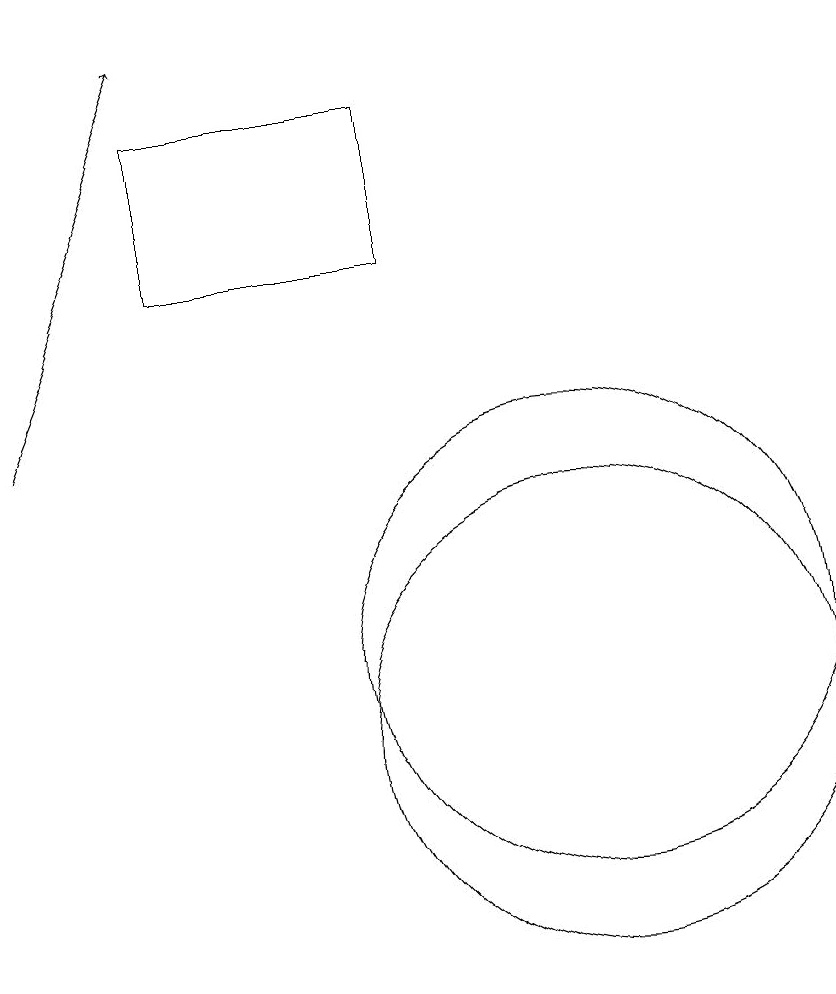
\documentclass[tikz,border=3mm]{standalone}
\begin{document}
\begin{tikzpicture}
\draw (10,11) circle (3);
\draw[->] (3,14) -- (5,19);
\draw (10,10) circle (3);
\draw (8,16) rectangle (5,18);
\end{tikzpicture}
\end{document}